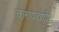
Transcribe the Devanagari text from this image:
करुणवाणी